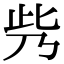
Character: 𠂱